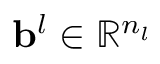
\mathbf { b } ^ { l } \in \mathbb { R } ^ { n _ { l } }